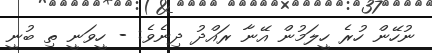
ނުހޭން ހުރެ ހީލަމުން އޭނާ ރައްދު ދިނެވެ: - ހީވަނީ ތި ބުނީ